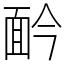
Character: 䩂